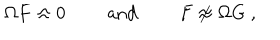
LaTeX: \Omega F \approx 0 \qquad \mathrm { ~ a n d ~ } \qquad F \not \approx \Omega G \ ,